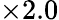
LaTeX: \times 2.0